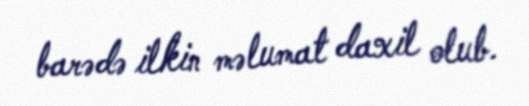
barədə ilkin məlumat daxil olub.